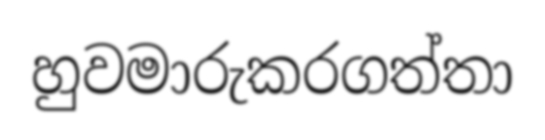
හුවමාරුකරගත්තා